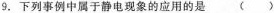
9.下列事例中属于静电现象的应用的是 ()